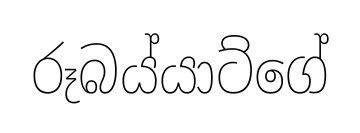
රූබය්යාට්ගේ